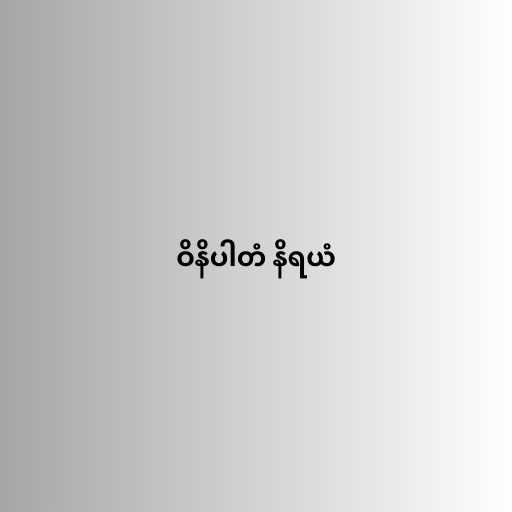
ဝိနိပါတံ နိရယံ